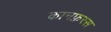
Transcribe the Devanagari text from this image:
कानफ़रस